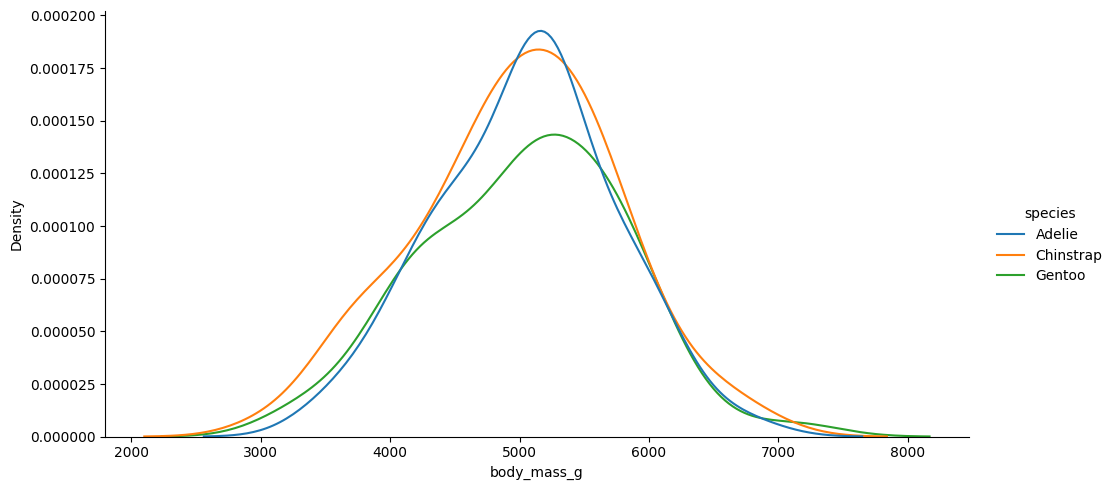
python, seaborn, displot, kind='kde', column='body_mass_g', hue='species', height=5, aspect=2.0